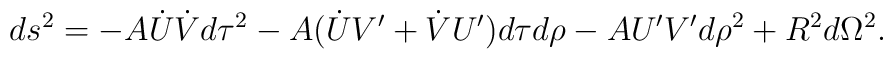
ds^2 = -A\dot{U}\dot{V}d\tau^2 - A(\dot{U}V'+\dot{V}U')d\tau d\rho -  AU'V'd\rho^2 + R^2d\Omega^2.